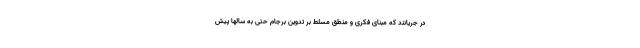
در جریانند که مبنای فکری و منطق مسلط بر تدوین برجام حتی به سالها پیش